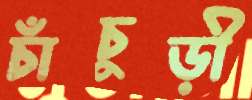
চাঁচুড়ী